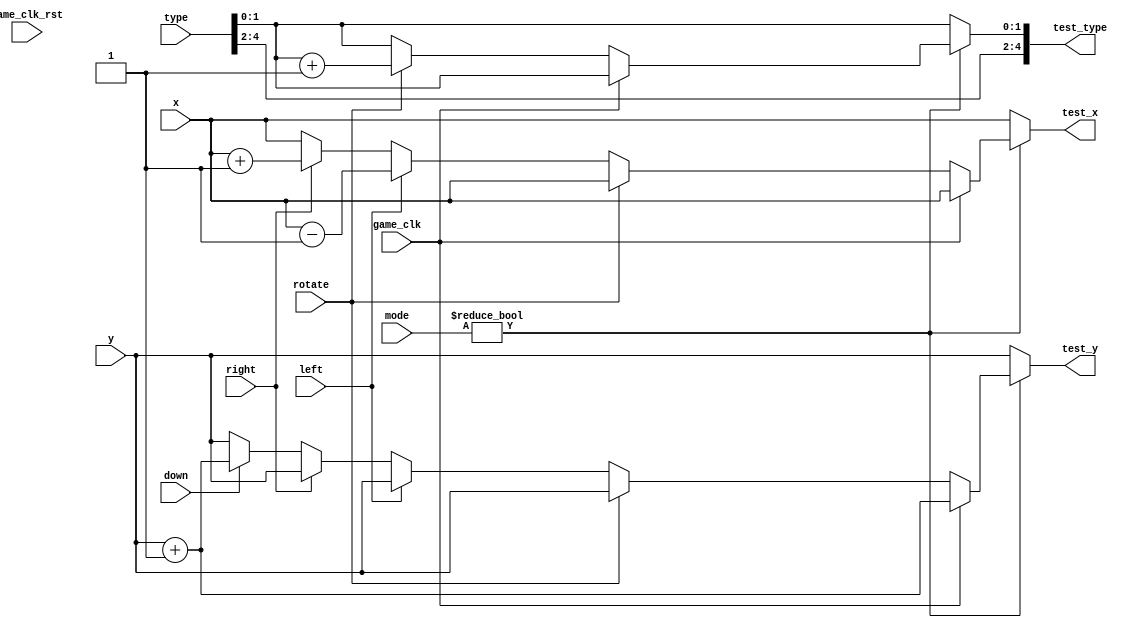
`timescale 1ns / 1ps
module cal_test(
	input wire[1:0] mode,
	input wire game_clk,
	input wire game_clk_rst,
	input wire[4:0] type,
	input wire[3:0] x,
	input wire[4:0] y,
	input wire rotate,
	input wire left,
	input wire right,
	input wire down,
	output reg[4:0] test_type,
	output reg[3:0] test_x,
	output reg[4:0] test_y
    );
	always@(*)begin
		test_x = x;
		test_y = y;
		test_type = type;
		if(mode) begin
			if(game_clk) test_y = test_y + 5'd1;
			else if(rotate) test_type[1:0] = test_type[1:0] + 2'd1;
			else if(left) test_x = test_x - 4'd1;
			else if(right) test_x = test_x + 4'd1;
			else if(down) test_y = test_y + 5'd1;
		end
	end


endmodule